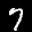
Label: 7